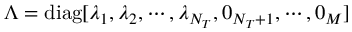
\Lambda = \mathrm { d i a g } [ \lambda _ { 1 } , \lambda _ { 2 } , \cdots , \lambda _ { N _ { T } } , 0 _ { { N _ { T } } + 1 } , \cdots , 0 _ { M } ]